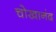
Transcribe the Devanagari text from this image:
चोखानंद